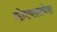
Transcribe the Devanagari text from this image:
कोरएक्सप्रेस